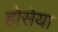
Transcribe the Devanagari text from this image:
होसेया